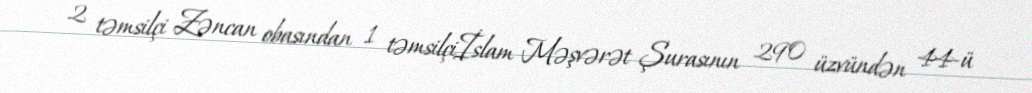
2 təmsilçi Zəncan obasından 1 təmsilçiİslam Məşvərət Şurasının 290 üzvündən 44-ü